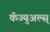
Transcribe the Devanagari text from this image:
कॅज्युअल्स्